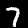
Label: 7